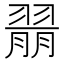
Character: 𱻝